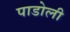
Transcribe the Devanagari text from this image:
पाडोली